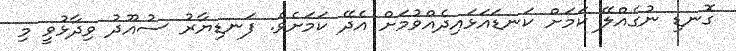
ގޮނޑި ނުގެއްލޭ ކަމަށް ކަނޑައަޅައިދެއްވުމަށް އެދޭ ކަމަށެވެ. ފަނޑިޔާރު ސުއޫދު ވިދާޅުވީ މި